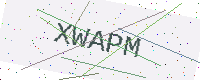
Text: XWAPM